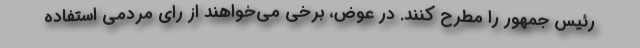
رئیس جمهور را مطرح کنند. در عوض، برخی می‌خواهند از رای مردمی استفاده